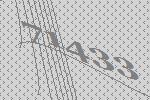
71433